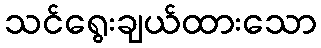
သင်ရွေးချယ်ထားသော